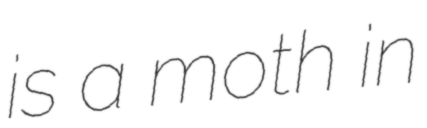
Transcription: is a moth in